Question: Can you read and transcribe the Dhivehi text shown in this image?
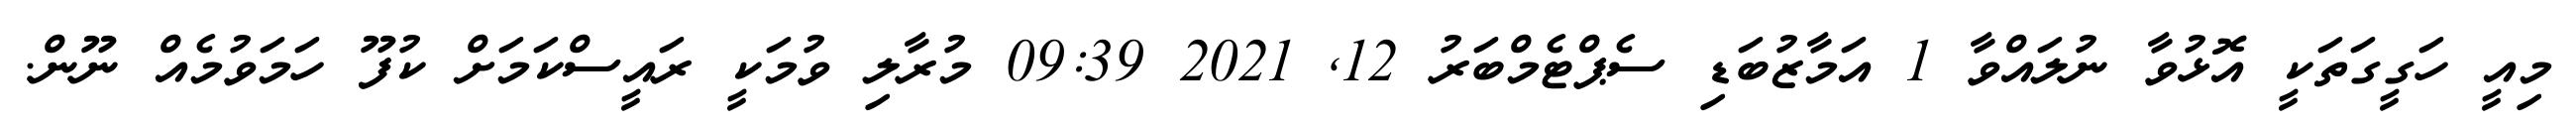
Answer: މިއީ ހަގީގަތަކީ އޮޅުވާ ނުލައްވާ 1 އަމާޒުބަޑި ސެޕްޓެމްބަރު 12, 2021 09:39 މުރާލި ވުމަކީ ރައީސްކަމަށް ކުފޫ ހަމަވުމެއް ނޫން.